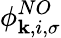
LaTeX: \phi_{\mathbf{k},i,\sigma}^{NO}